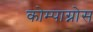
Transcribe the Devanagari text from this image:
कोम्पाग्नोस